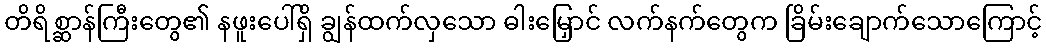
တိရိစ္ဆာန်ကြီးတွေ၏ နဖူးပေါ်ရှိ ချွန်ထက်လှသော ဓါးမြှောင် လက်နက်တွေက ခြိမ်းချောက်သောကြောင့်